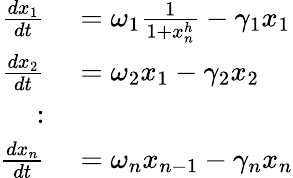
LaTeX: \begin{array}{rl}{\frac{dx_{1}}{dt}}&{{}=\omega_{1}\frac{1}{1+x_{n}^{h}}-\gamma_{1}x_{1}}\\ {\frac{dx_{2}}{dt}}&{{}=\omega_{2}x_{1}-\gamma_{2}x_{2}}\\ {:}&{{}}\\ {\frac{dx_{n}}{dt}}&{{}=\omega_{n}x_{n-1}-\gamma_{n}x_{n}}\end{array}